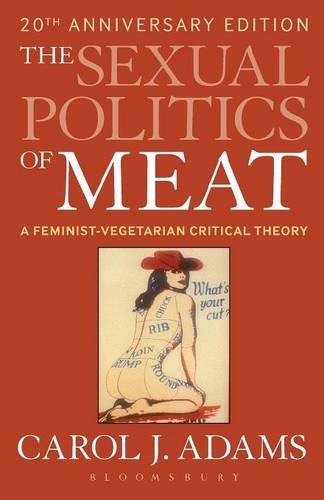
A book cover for The Sexual Politics of Meat: A Feminist-vegetarian Critical Theory, 20th Anniversary Edition; Carol J. Adams; Science & Math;